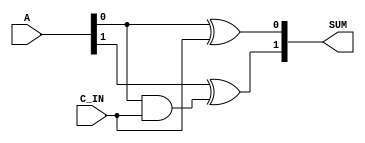
`timescale 1ns / 1ps
//////////////////////////////////////////////////////////////////////////////////
// Company: 
// Engineer: 
// 
// Design Name: 
// Module Name:    rcha 
// Project Name: 
// Target Devices: 
// Tool versions: 
// Description: 
//
// Dependencies: 
//
// Revision: 
// Revision 0.01 - File Created
// Additional Comments: 
//
//////////////////////////////////////////////////////////////////////////////////
module rcha #(
	parameter N=2
)(
	input [N-1:0] A,
	input C_IN,
	output [N-1:0] SUM
);
	wire [N-1:0] carry;
	wire [N-1:0] imm;
	
	genvar j;
	generate
		for (j=0; j<N; j=j+1) begin : rca_chain
			if (j==0) begin
				assign SUM[0] = A[0] ^ C_IN;
				assign carry[0] = A[0] & C_IN; 
			end	
			else begin
				assign SUM[j] = A[j] ^ carry[j-1];
				assign carry[j] = (A[j] & carry[j-1]);
			end
		end
	endgenerate
	
endmodule